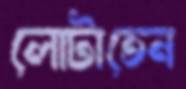
লোটাতেন